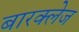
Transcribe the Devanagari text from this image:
बारक्लेज